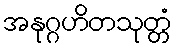
အနုဂ္ဂဟိတသုတ္တံ